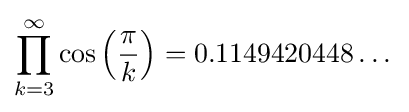
\prod _{k=3}^{\infty }\cos \left({\frac {\pi }{k}}\right)=0.1149420448\dots